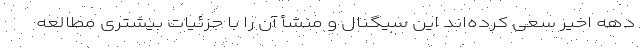
دهه‌ اخیر سعی کرده‌اند این سیگنال و منشأ آن را با جزئیات بیشتری مطالعه